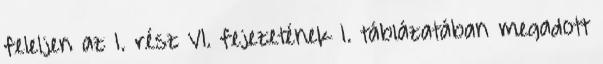
feleljen az 1. rész VI. fejezetének 1. táblázatában megadott